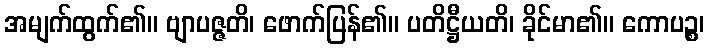
အမျက်ထွက်၏။ ဗျာပဇ္ဇတိ၊ ဖောက်ပြန်၏။ ပတိဋ္ဌီယတိ၊ ခိုင်မာ၏။ ကောပဉ္စ၊